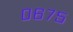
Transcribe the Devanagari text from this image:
०६७५